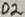
Text: D2